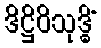
ဒိဋ္ဌိဝိသုဒ္ဓိံ